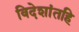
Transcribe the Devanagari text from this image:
विदेशांतहि